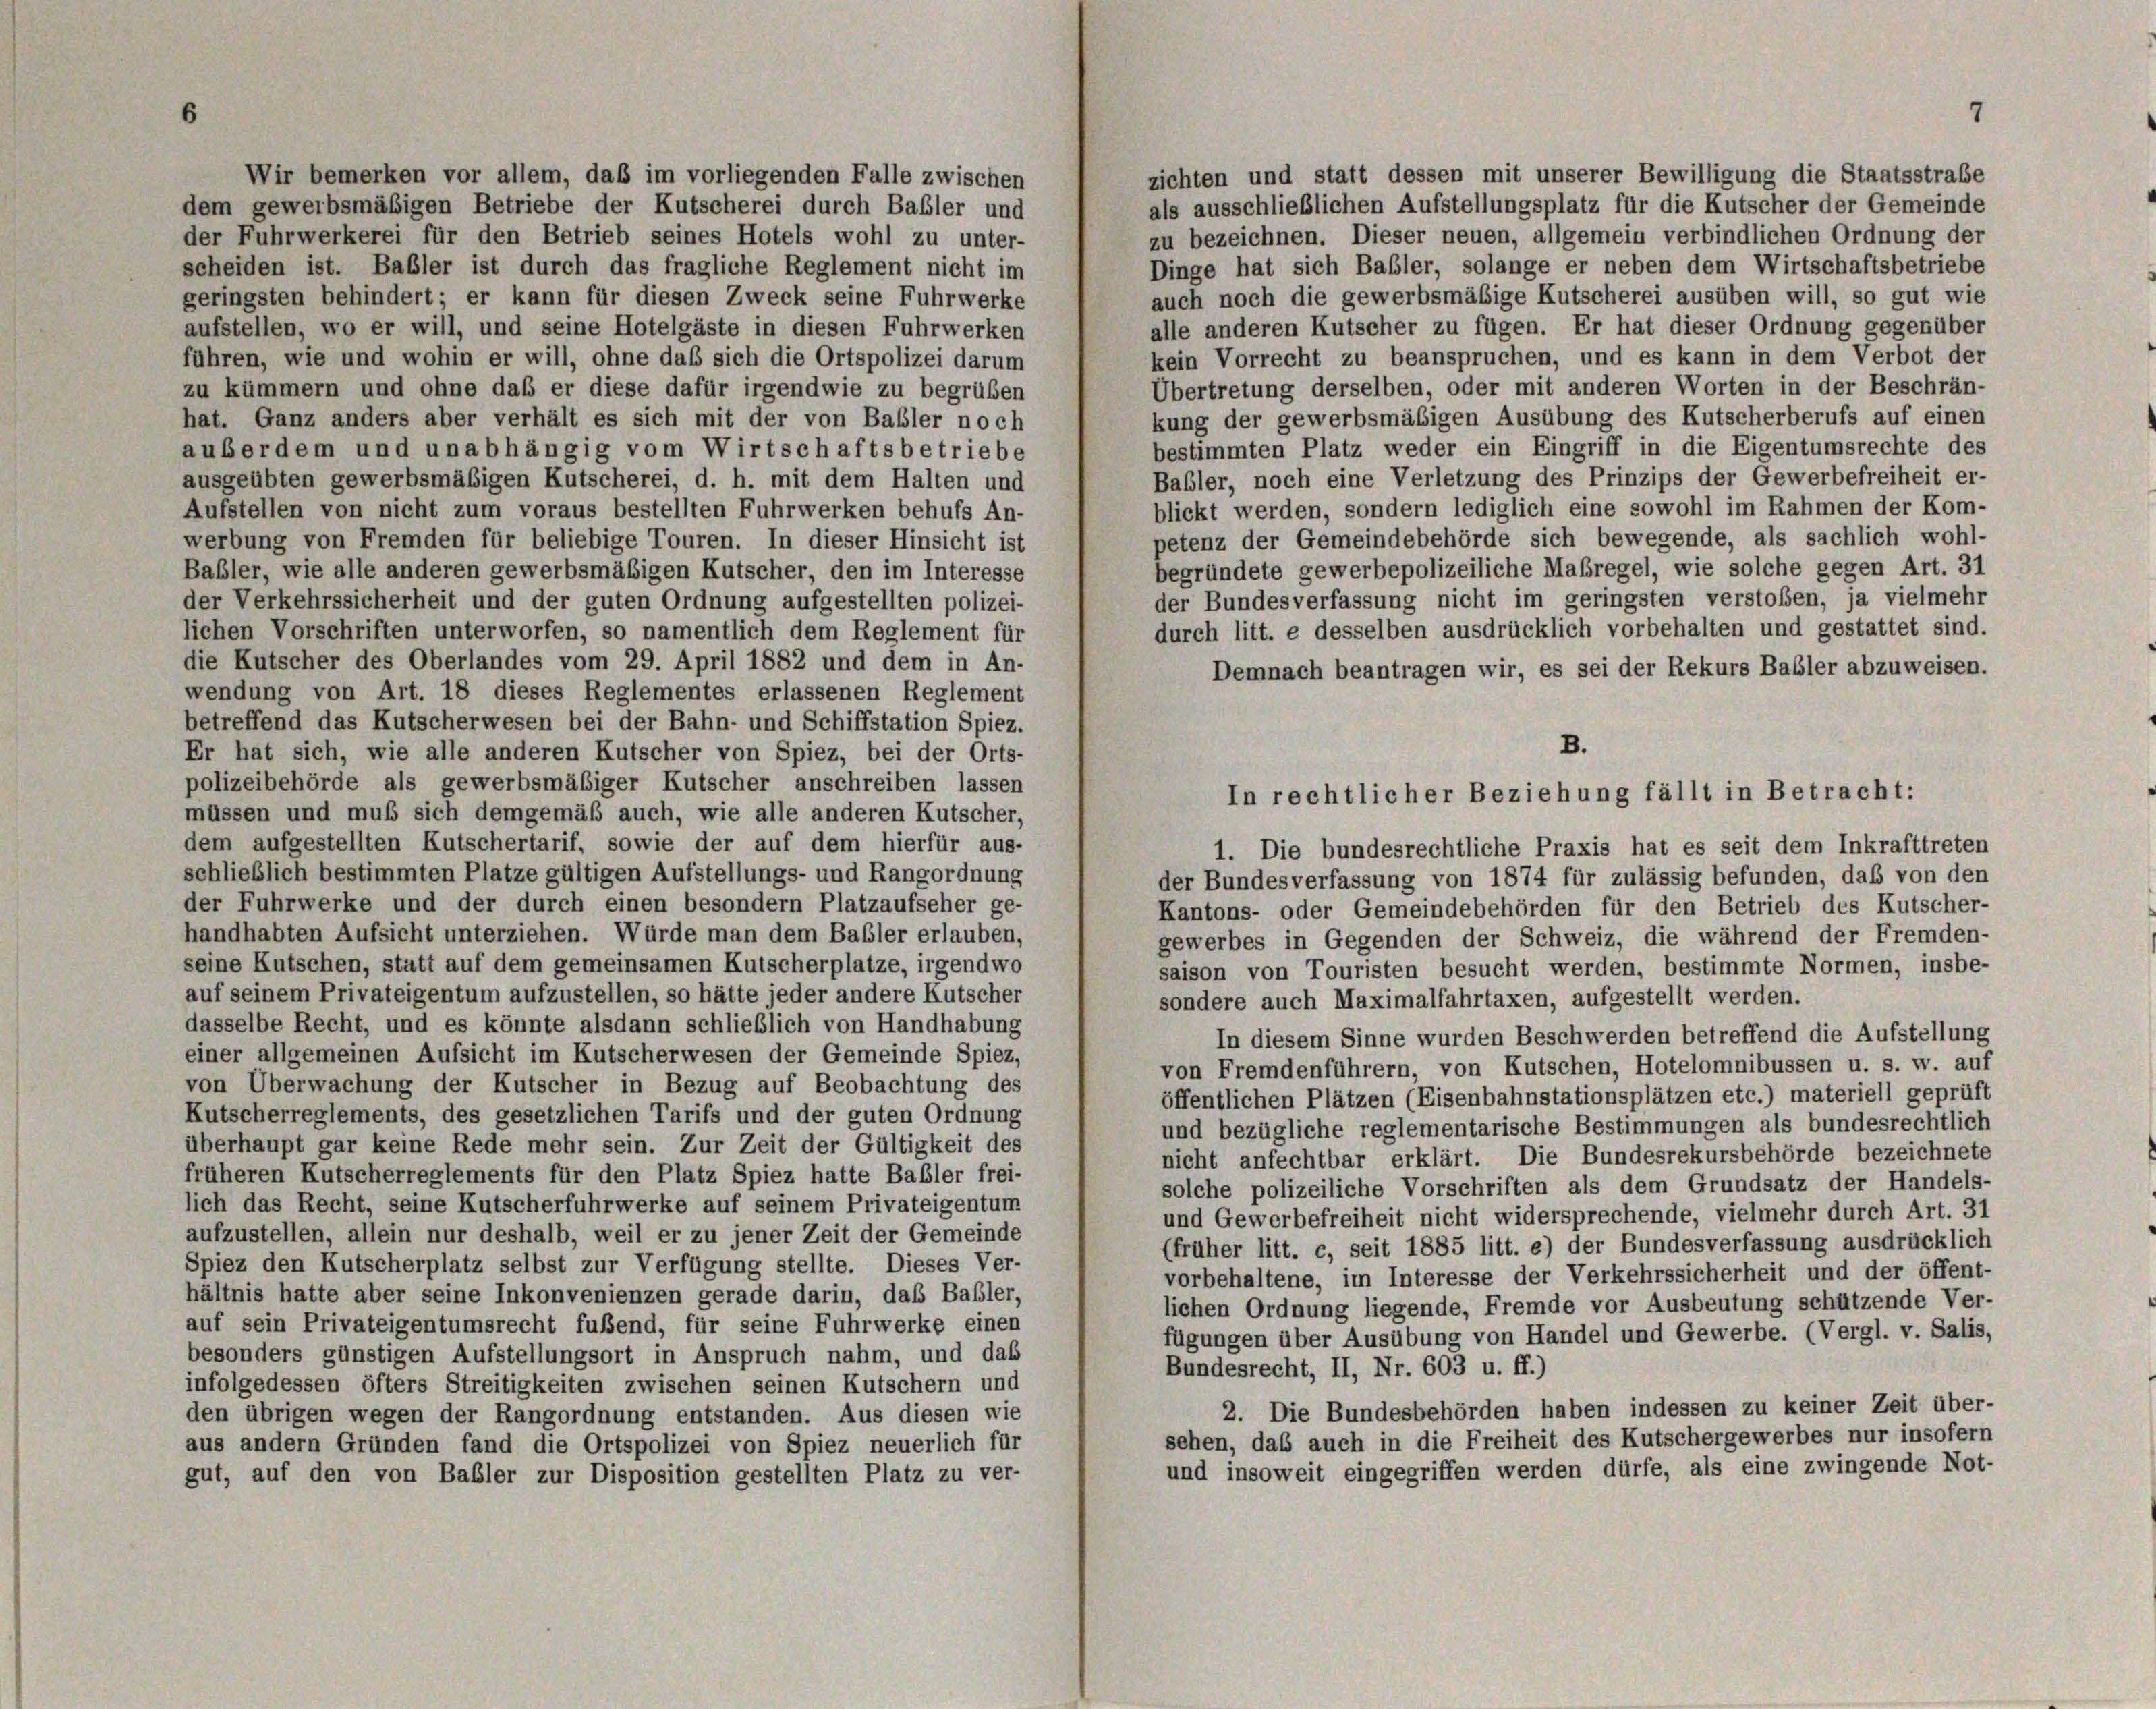
zichten und statt dessen mit unserer Bewilligung die Staatsstraße
Wir bemerken vor allem, daß im vorliegenden Falle zwischen
als ausschließlichen Aufstellungsplatz für die Kutscher der Gemeinde
dem gewerbsmäßigen Betriebe der Kutscherei durch Basler und
der Fuhrwerkerei für den Betrieb seines Hotels wohl zu unter-
zu bezeichnen. Dieser neuen, allgemein verbindlichen Ordnung der
Dinge hat sich Basler, solange er neben dem Wirtschaftsbetriebe
scheiden ist. Babler ist durch das fragliche Reglement nicht im
auch noch die gewerbsmäßige Kutscherei ausüben will, so gut wie
geringsten behindert; er kann für diesen Zweck seine Fuhrwerke
aufstellen, wo er will, und seine Hotelgäste in diesen Fuhrwerken
alle anderen Kutscher zu fügen. Er hat dieser Ordnung gegenüber
kein Vorrecht zu beanspruchen, und es kann in dem Verbot der
führen, wie und wohin er will, ohne daß sich die Ortspolizei darum
Übertretung derselben, oder mit anderen Worten in der Beschrän-
zu kümmern und ohne daß er diese dafür irgendwie zu begrüben
kung der gewerbsmäßigen Ausübung des Kutscherberufs auf einen
hat. Ganz anders aber verhält es sich mit der von Basler noch
bestimmten Platz weder ein Eingriff in die Eigentumsrechte des
auberdem und unabhängig vom Wirtschaftsbetriebe
Babler, noch eine Verletzung des Prinzips der Gewerbefreiheit er-
ausgeübten gewerbsmäßigen Kutscherei, d. h. mit dem Halten und
blickt werden, sondern lediglich eine sowohl im Rahmen der Kom-
Aufstellen von nicht zum voraus bestellten Fuhrwerken behufs An-
petenz der Gemeindebehörde sich bewegende, als sachlich wohl-
werbung von Fremden für beliebige Touren. In dieser Hinsicht ist
begründete gewerbepolizeiliche Maßregel, wie solche gegen Art. 31
Babler, wie alle anderen gewerbsmäßigen Kutscher, den im Interesse
der Bundesverfassung nicht im geringsten verstoben, ja vielmehr
der Verkehrssicherheit und der guten Ordnung aufgestellten polizei-
durch litt. e desselben ausdrücklich vorbehalten und gestattet sind.
lichen Vorschriften unterworfen, so namentlich dem Reglement für
die Kutscher des Oberlandes vom 29. April 1882 und dem in An-
Demnach beantragen wir, es sei der Rekurs Babler abzuweisen.
wendung von Art. 18 dieses Reglementes erlassenen Reglement
betreffend das Kutscherwesen bei der Bahn- und Schiffstation Spiez.
Er hat sich, wie alle anderen Kutscher von Spiez, bei der Orts-
polizeibehörde als gewerbsmäßiger Kutscher anschreiben lassen
müssen und muß sich demgemäß auch, wie alle anderen Kutscher,
dem aufgestellten Kutschertarif, sowie der auf dem hierfür aus-
1. Die bundesrechtliche Praxis hat es seit dem Inkrafttreten
schließlich bestimmten Platze gültigen Aufstellungs- und Rangordnung
der Bundesverfassung von 1874 für zulässig befunden, daß von den
der Fuhrwerke und der durch einen besondern Platzaufseher ge
Kantons- oder Gemeindebehörden für den Betrieb des Kutscher-
handhabten Aufsicht unterziehen. Würde man dem Basler erlauben,
gewerbes in Gegenden der Schweiz, die während der Fremden-
seine Kutschen, statt auf dem gemeinsamen Kutscherplatze, irgendwo
saison von Touristen besucht werden, bestimmte Normen, insbe-
auf seinem Privateigentum aufzustellen, so hätte jeder andere Kutscher
sondere auch Maximalfahrtaxen, aufgestellt werden.
dasselbe Recht, und es könnte alsdann schließlich von Handhabung
In diesem Sinne wurden Beschwerden betreffend die Aufstellung
einer allgemeinen Aufsicht im Kutscherwesen der Gemeinde Spiez,
von Fremdenführern, von Kutschen, Hotelomnibussen u. s. w. auf
von Überwachung der Kutscher in Bezug auf Beobachtung des
öffentlichen Plätzen (Eisenbahnstationsplätzen etc.) materiell geprüft
Kutscherreglements, des gesetzlichen Tarifs und der guten Ordnung
und bezügliche reglementarische Bestimmungen als bundesrechtlich
überhaupt gar keine Rede mehr sein. Zur Zeit der Gültigkeit des
nicht anfechtbar erklärt. Die Bundesrekursbehörde bezeichnete
früheren Kutscherreglements für den Platz Spiez hatte Babler frei-
solche polizeiliche Vorschriften als dem Grundsatz der Handels-
lich das Recht, seine Kutscherfuhrwerke auf seinem Privateigentum
und Gewerbefreiheit nicht widersprechende, vielmehr durch Art. 31
aufzustellen, allein nur deshalb, weil er zu jener Zeit der Gemeinde
(früher litt. c, seit 1885 litt. e) der Bundesverfassung ausdrücklich
Spiez den Kutscherplatz selbst zur Verfügung stellte. Dieses Ver-
vorbehaltene, im Interesse der Verkehrssicherheit und der öffent-
hältnis hatte aber seine Inkonvenienzen gerade darin, das Basler,
lichen Ordnung liegende, Fremde vor Ausbeutung schützende Ver-
auf sein Privateigentumsrecht fußend, für seine Fuhrwerke einen
fügungen über Ausübung von Handel und Gewerbe. (Vergl. v. Salis,
besonders günstigen Aufstellungsort in Anspruch nahm, und das
Bundesrecht, II, Nr. 603 u. ff.)
infolgedessen öfters Streitigkeiten zwischen seinen Kutschern und
2. Die Bundesbehörden haben indessen zu keiner Zeit über-
den übrigen wegen der Rangordnung entstanden. Aus diesen wie
sehen, daß auch in die Freiheit des Kutschergewerbes nur insofern
aus andern Gründen fand die Ortspolizei von Spiez neuerlich für
und insoweit eingegriffen werden dürfe, als eine zwingende Not-
gut, auf den von Babler zur Disposition gestellten Platz zu ver-

B.
In rechtlicher Beziehung fällt in Betracht:

7